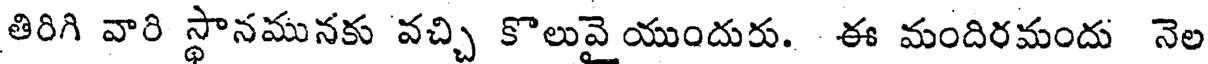
తిరిగి వారి స్థానమునకు వచ్చి కొలువై యుందురు. ఈ మందిరమందు నెల